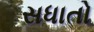
સધાતો